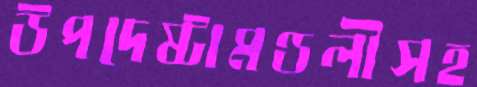
উপদেষ্টামণ্ডলীসহ